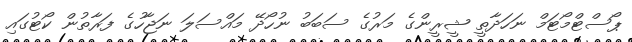
ޕޯސްޓްމޯޓަމް ނަހަދާތީ ޝީރީންގެ މަރުގެ ސަބަބު ނުހޯދޭ މައްސަލަ ނަޖާހުގެ ފަރާތުން ކޯޓުގައި